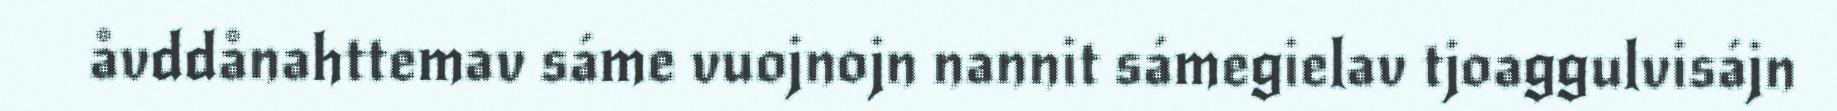
åvddånahttemav sáme vuojnojn nannit sámegielav tjoaggulvisájn